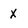
Character: X